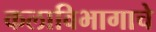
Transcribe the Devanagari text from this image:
कलाविभागाचे